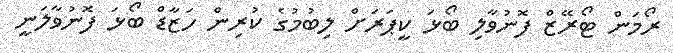
ރޯމަން ޓޯރޭޒް ފޮނުވާލި ބޯޅަ ކީޕަރަށް ލިބުމުގެ ކުރިން ހަޒާޑް ބޯޅަ ފޮނުވާލަނީ